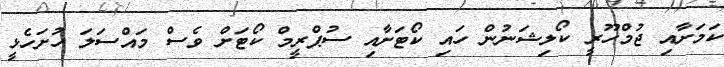
ކަމަށާއި ޖުމްހޫރީ ކޯލިޝަނުން ހައި ކޯޓަށާއި ސުޕްރީމް ކޯޓަށް ވެސް މައްސަލަ ހުށަހެޅީ